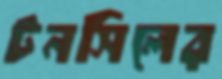
টনসিলের